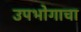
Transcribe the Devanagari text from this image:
उपभोगाचा